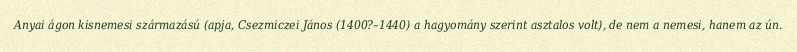
Anyai ágon kisnemesi származású (apja, Csezmiczei János (1400?–1440) a hagyomány szerint asztalos volt), de nem a nemesi, hanem az ún.